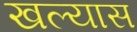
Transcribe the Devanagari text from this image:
खल्यास